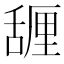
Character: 𰰇